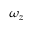
\omega _ { z }